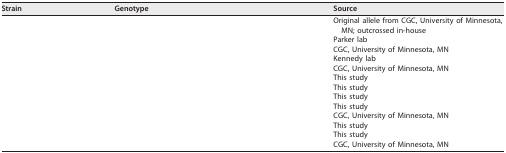
<table><thead><tr><td><b>Strain</b></td><td><b>Genotype</b></td><td><b>Source</b></td></tr></thead><tbody><tr><td>[EMPTY_CELL]</td><td>[EMPTY_CELL]</td><td>Original allele from CGC, University of Minnesota, MN; outcrossed in-house</td></tr><tr><td>[EMPTY_CELL]</td><td>[EMPTY_CELL]</td><td>Parker lab</td></tr><tr><td>[EMPTY_CELL]</td><td>[EMPTY_CELL]</td><td>CGC, University of Minnesota, MN</td></tr><tr><td>[EMPTY_CELL]</td><td>[EMPTY_CELL]</td><td>Kennedy lab</td></tr><tr><td>[EMPTY_CELL]</td><td>[EMPTY_CELL]</td><td>CGC, University of Minnesota, MN</td></tr><tr><td>[EMPTY_CELL]</td><td>[EMPTY_CELL]</td><td>This study</td></tr><tr><td>[EMPTY_CELL]</td><td>[EMPTY_CELL]</td><td>This study</td></tr><tr><td>[EMPTY_CELL]</td><td>[EMPTY_CELL]</td><td>This study</td></tr><tr><td>[EMPTY_CELL]</td><td>[EMPTY_CELL]</td><td>This study</td></tr><tr><td>[EMPTY_CELL]</td><td>[EMPTY_CELL]</td><td>CGC, University of Minnesota, MN</td></tr><tr><td>[EMPTY_CELL]</td><td>[EMPTY_CELL]</td><td>This study</td></tr><tr><td>[EMPTY_CELL]</td><td>[EMPTY_CELL]</td><td>This study</td></tr><tr><td>[EMPTY_CELL]</td><td>[EMPTY_CELL]</td><td>CGC, University of Minnesota, MN</td></tr></tbody></table>